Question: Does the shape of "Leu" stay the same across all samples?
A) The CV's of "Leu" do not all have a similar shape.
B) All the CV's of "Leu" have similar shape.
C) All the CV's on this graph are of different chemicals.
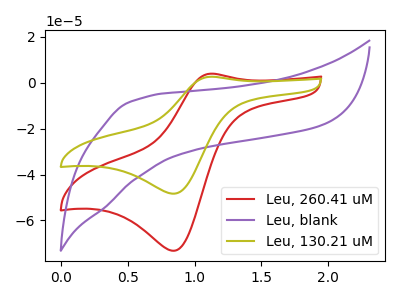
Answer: <think>The red curve "Leu, 260.41 uM" has an anodic peak at (1.10V, 3.90uA) and a cathodic peak at (0.85V, -73.20uA). The purple curve "Leu, blank" has no peaks. The olive curve "Leu, 130.21 uM" has an anodic peak at (1.10V, 2.60uA) and a cathodic peak at (0.85V, -48.35uA).
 "Leu, 260.41 uM" and "Leu, blank" have a different number of peaks. All the peaks in "Leu, 260.41 uM" have a peak in "Leu, 130.21 uM" at the same potential. Every peak in "Leu, 260.41 uM" is higher than every peak in "Leu, 130.21 uM". "Leu, blank" and "Leu, 130.21 uM" have a different number of peaks.</think>
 <answer>B) All the CV's of "Leu" have similar shape.</answer>
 <eval>B</eval>